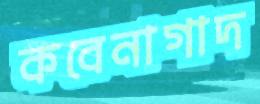
কবেনাগাদ